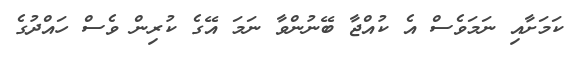
ކަމަށާއި ނަމަވެސް އެ ކުއްޖާ ބޭނުންވާ ނަމަ އޭގެ ކުރިން ވެސް ހައްދުގެ